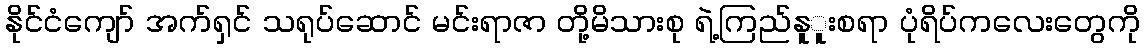
နိုင်ငံကျော် အက်ရှင် သရုပ်ဆောင် မင်းရာဇာ တို့မိသားစု ရဲ့ကြည်နူူးစရာ ပုံရိပ်ကလေးတွေကို